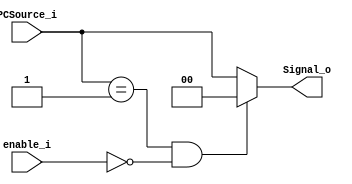
//combinational element
module PC_Ctrl(
  input        enable_i,
  input  [1:0] PCSource_i,
  output [1:0] Signal_o
  );
  reg [1:0] Signal;
  always@(*)
  begin
    if (PCSource_i == 2'b01 && !enable_i)//conditional transfer does not hold (Branch Instructions)
      Signal = 2'b0;
    else Signal = PCSource_i;
  end
  assign Signal_o = Signal;
endmodule